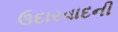
ઉદારવાદની